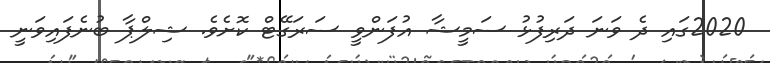
2020ގައި ދެ ވަނަ ދަރިފުޅު ސަމީޝާ އުފަންވީ ސަރަގޭޓް ކޮށެވެ. ޝިލްޕާ ބުނެފައިވަނީ